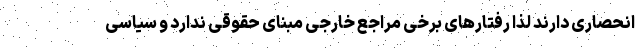
انحصاری دارند لذا رفتارهای برخی مراجع خارجی مبنای حقوقی ندارد و سیاسی